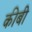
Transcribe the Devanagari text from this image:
कीबी